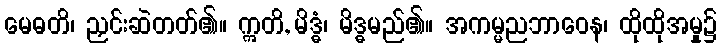
မေဓတိ၊ ညှင်းဆဲတတ်၏။ ဣတိ, မိဒ္ဓံ၊ မိဒ္ဓမည်၏။ အကမ္မညဘာဝေန၊ ထိုထိုအမှု၌